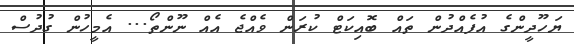
ޔަހޫދީންގެ އުފެއްދުން ތައް ބޮއިކަޓް ކުރަން ވެއްޖެ އެއް ނޫންތޯ... އެމީހުން ގުދުސް